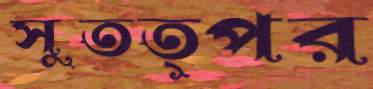
সুতত্পর